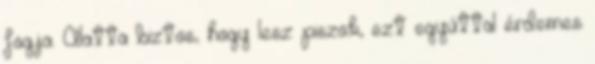
fogja. Alatta biztos, hogy lesz piszok, ezt egyúttal érdemes